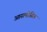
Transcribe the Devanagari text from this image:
आसमोसिस